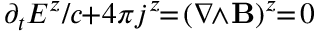
\partial _ { t } E ^ { z } / c \! \! + \! 4 \pi j ^ { z } \! \! = \! ( \nabla \! \! \wedge \! { \bf B } ) ^ { z } \! \! = \! 0